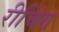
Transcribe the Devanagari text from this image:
रीचिंग